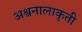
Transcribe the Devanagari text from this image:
अश्वनालाकृती